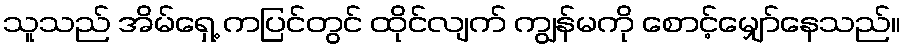
သူသည် အိမ်ရှေ့ ကပြင်တွင် ထိုင်လျက် ကျွန်မကို စောင့်မျှော်နေသည်။